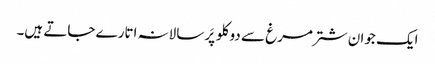
ایک جوان شتر مرغ سے دو کلو پَر سالانہ اتارے جاتے ہیں۔